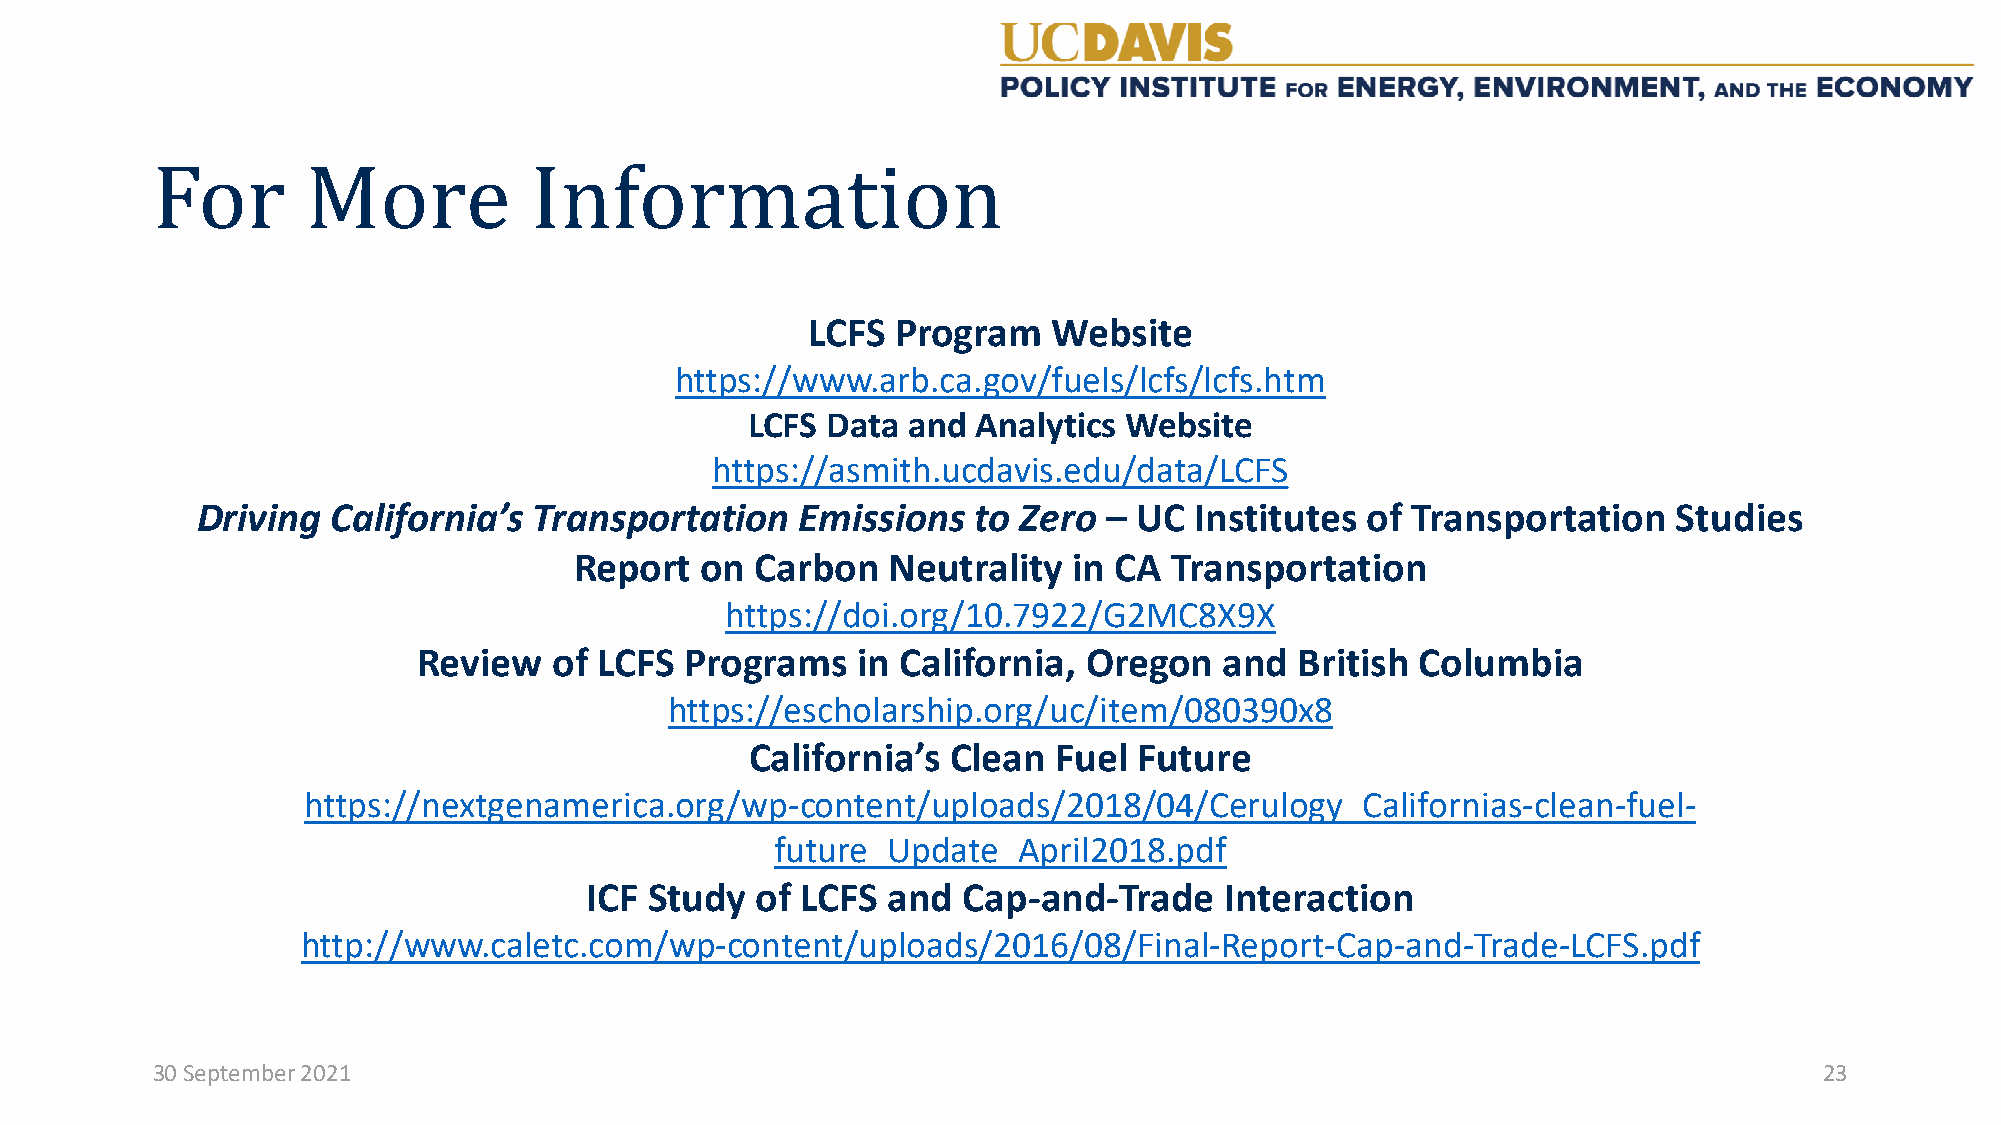
LCFS  Program    Website
 For       More           Infohrttpms://wawwt.iarob.cna.gov/fuels/lcfs/lcfs.htm
 LCFS Data and  Analytics Website
 https://asmith.ucdavis.edu/data/LCFS
 Driving  California’s Transportation    Emissions   to Zero – UC  Institutes of Transportation    Studies
 Report  on  Carbon   Neutrality  in CA  Transportation
 https://doi.org/10.7922/G2MC8X9X
 Review   of LCFS Programs    in California, Oregon   and  British Columbia
 https://escholarship.org/uc/item/080390x8
 California’s Clean  Fuel Future
 https://nextgenamerica.org/wp-content/uploads/2018/04/Cerulogy_Californias-clean-fuel-
 future_Update_April2018.pdf
 ICF Study  of LCFS  and  Cap-and-Trade    Interaction
 http://www.caletc.com/wp-content/uploads/2016/08/Final-Report-Cap-and-Trade-LCFS.pdf
 30 September 2021                                                                                              23